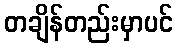
တချိန်တည်းမှာပင်